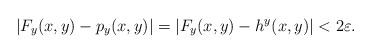
LaTeX: \begin{align*}| F_y(x,y) - p_y(x,y) |= | F_y(x,y) - h^y(x,y) | < 2 \varepsilon.\end{align*}